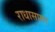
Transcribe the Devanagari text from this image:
राधासागर